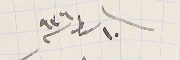
١٠ سىاط سنة ٩٣٦